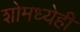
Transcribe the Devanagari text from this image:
शोमध्येही